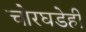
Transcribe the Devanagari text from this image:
चोरघडेही